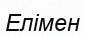
Елімен